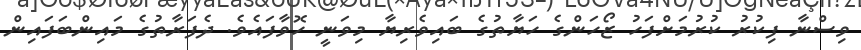
ވިސްނާ ފިކުރު ކުރުމަށްފަހު ޒޯހަންގެ ހަޔާތުގެ ބައިވެރިޔާ މިވަނީ ހޮވާފައެވެ. ދެފަރާތުގެ މައިންބަފައިން